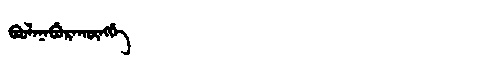
Manchu: ᠪᠣᠣᠯᠠᠨᠠᠪᡠᡵᠠᡴᡡᠩᡤᡝ
Romanization: BOOLANABURAKŪNGGE